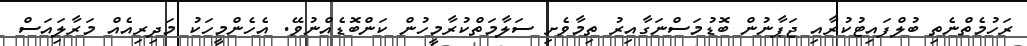
ރަހުމެތްނެތި ބުލްފައިޓުކުރާއި ޖަޕާނުން ބޮޑުމަސްނަގާއިރު ތިމާވެށި ސަލާމަތްކުރާމީހުން ކަންބޮޑެއްނުވޭ. އެހެންމީހަކު މަދިރިއެއް މަރާލިައަސް